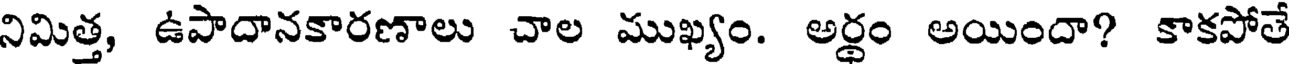
నిమిత్త, ఉపాదానకారణాలు చాల ముఖ్యం. అర్థం అయిందా? కాకపోతే